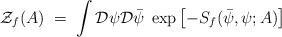
LaTeX: \begin{align*}{\mathcal Z}_f(A)\;=\; \int {\mathcal D}\psi {\mathcal D}{\bar\psi} \;\exp \left[- S_f({\bar\psi},\psi;A)\right]\end{align*}